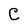
Character: C